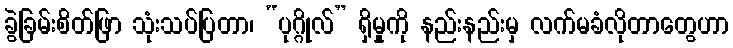
ခွဲခြမ်းစိတ်ဖြာ သုံးသပ်ပြတာ၊ “ပုဂ္ဂိုလ်” ရှိမှုကို နည်းနည်းမှ လက်မခံလိုတာတွေဟာ